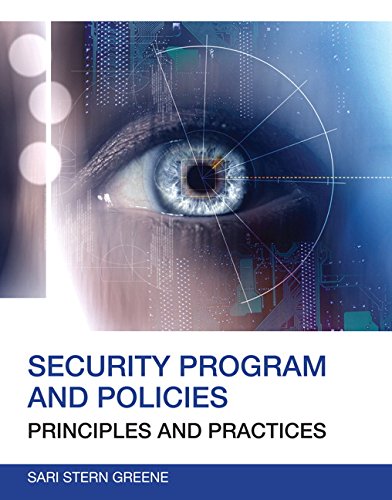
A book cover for Security Program and Policies: Principles and Practices (2nd Edition) (Certification/Training); Sari Greene; Computers & Technology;